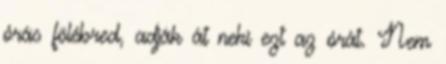
órás fölébred, adják át neki ezt az órát. Nem